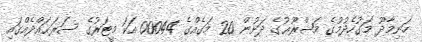
ހަނިމާދޫ މަގުހެދުމުގެ މަޝްރޫޢުގެ ދަށުން 20 މަގެއްގެ 00044 އަކަ މީޓަރުގެ ސަރަޙައްދެއްގައި